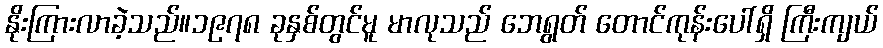
နိုးကြားလာခဲ့သည်။၁၉၇၈ ခုနှစ်တွင်မူ မာလုသည် ဘေရွတ် တောင်ကုန်းပေါ်ရှိ ကြီးကျယ်